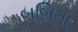
બબિતા